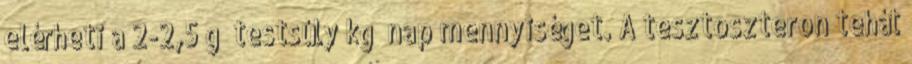
elérheti a 2-2,5 g testsúly kg nap mennyiséget. A tesztoszteron tehát